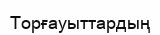
Торғауыттардың